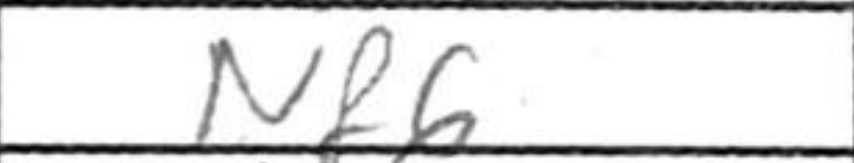
Transcription: Nf6